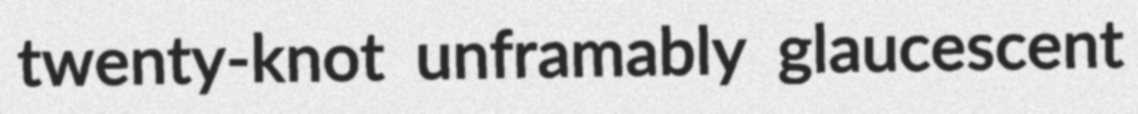
twenty-knot unframably glaucescent